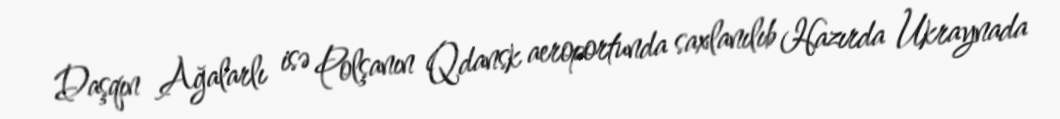
Daşqın Ağalarlı isə Polşanın Qdansk aeroportunda saxlanılıb Hazırda Ukraynada